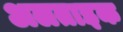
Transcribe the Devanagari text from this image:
अलताइक